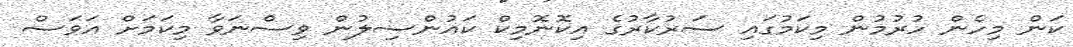
ކަން މިހެން ހުރުމުން މިކަމުގައި ސަރުކާރުގެ އިކޮނޮމިކް ކައުންސިލުން ވިސްނަވާ މިކަމަށް އަވަސް